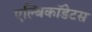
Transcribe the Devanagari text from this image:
एल्बिकॉडेटस